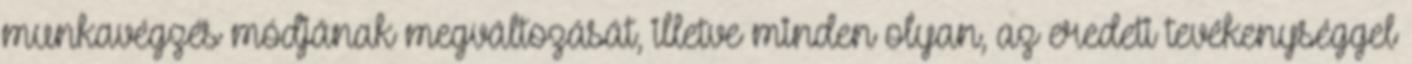
munkavégzés módjának megváltozását, illetve minden olyan, az eredeti tevékenységgel